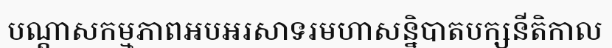
បណ្តាសកម្មភាពអបអរសាទរមហាសន្និបាតបក្សនីតិកាល